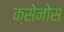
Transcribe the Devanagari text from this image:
क्सेनोस